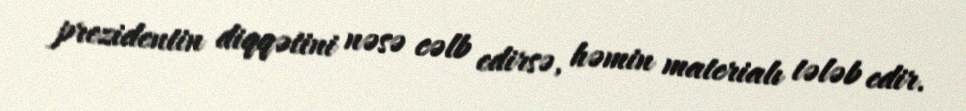
prezidentin diqqətini nəsə cəlb edirsə, həmin materialı tələb edir.